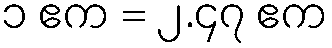
၁ ဧက = ၂.၄၇ ဧက